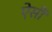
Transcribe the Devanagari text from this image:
ऐसीं